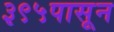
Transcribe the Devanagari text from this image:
३९५पासून